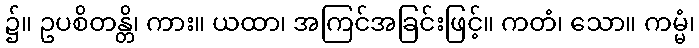
၌။ ဥပစိတန္တိ၊ ကား။ ယထာ၊ အကြင်အခြင်းဖြင့်။ ကတံ၊ သော။ ကမ္မံ၊